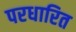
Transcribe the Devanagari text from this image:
परधारित